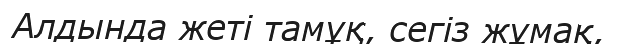
Алдында жеті тамұқ, сегіз жұмақ,